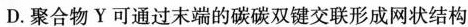
D.聚合物Y可通过末端的碳碳双键交联形成网状结构